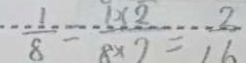
\frac { 1 } { 8 } = \frac { 1 \times 2 } { 8 \times 2 } = \frac { 2 } { 1 6 }